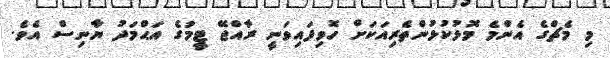
މި މެޗްގެ އެންމެ މޮޅުކުޅުންތެރިއަކަށް ހޮވިފައިވަނީ ރާއްޖޭ ޓީމުގެ އަޙްމަދު ޔާނިސް އެވެ.